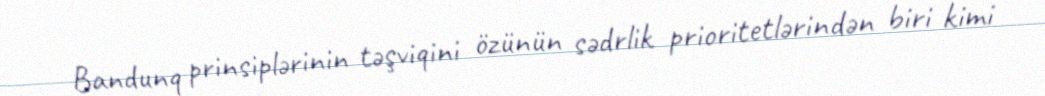
Bandunq prinsiplərinin təşviqini özünün sədrlik prioritetlərindən biri kimi